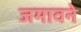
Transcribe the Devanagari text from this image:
जमावने